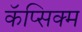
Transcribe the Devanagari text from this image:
कॅप्सिक्म